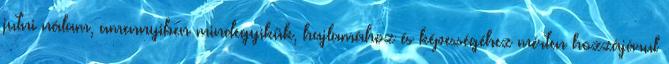
jutni nálam, amennyiben mindegyikük, hajlamához és képességéhez mérten hozzájárul